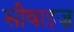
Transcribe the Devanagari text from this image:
सीवाइज़